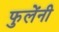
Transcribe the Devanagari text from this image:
फुलेंनी